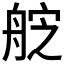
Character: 𮎑